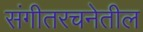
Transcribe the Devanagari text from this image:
संगीतरचनेतील